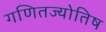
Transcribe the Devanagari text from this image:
गणितज्योतिष